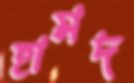
হামদ